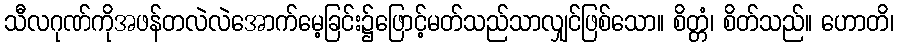
သီလဂုဏ်ကိုအဖန်တလဲလဲအောက်မေ့ခြင်း၌ဖြောင့်မတ်သည်သာလျှင်ဖြစ်သော။ စိတ္တံ၊ စိတ်သည်။ ဟောတိ၊